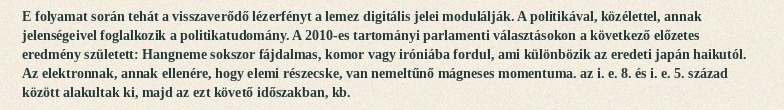
E folyamat során tehát a visszaverődő lézerfényt a lemez digitális jelei modulálják. A politikával, közélettel, annak jelenségeivel foglalkozik a politikatudomány. A 2010-es tartományi parlamenti választásokon a következő előzetes eredmény született: Hangneme sokszor fájdalmas, komor vagy iróniába fordul, ami különbözik az eredeti japán haikutól. Az elektronnak, annak ellenére, hogy elemi részecske, van nemeltűnő mágneses momentuma. az i. e. 8. és i. e. 5. század között alakultak ki, majd az ezt követő időszakban, kb.